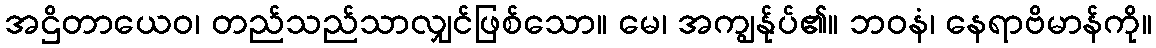
အဌိတာယေဝ၊ တည်သည်သာလျှင်ဖြစ်သော။ မေ၊ အကျွန်ုပ်၏။ ဘဝနံ၊ နေရာဗိမာန်ကို။